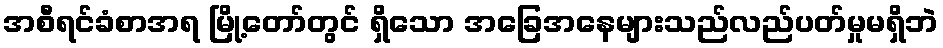
အစီရင်ခံစာအရ မြို့တော်တွင် ရှိသော အခြေအနေများသည်လည်ပတ်မှုမရှိဘဲ